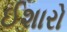
ઈશારો